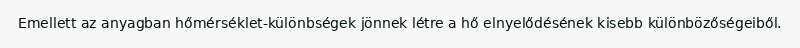
Emellett az anyagban hőmérséklet-különbségek jönnek létre a hő elnyelődésének kisebb különbözőségeiből.